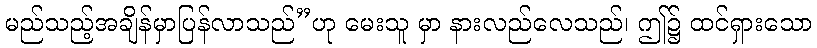
မည်သည့်အချိန်မှာပြန်လာသည်”ဟု မေးသူ မှာ နားလည်လေသည်၊ ဤ၌ ထင်ရှားသော